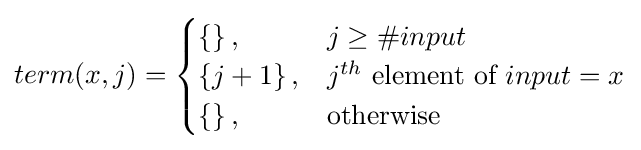
term(x,j)={\begin{cases}\left\{\right\},&j\geq \#input\\\left\{j+1\right\},&j^{th}{\mbox{ element of }}input=x\\\left\{\right\},&{\mbox{otherwise}}\end{cases}}